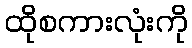
ထိုစကားလုံးကို